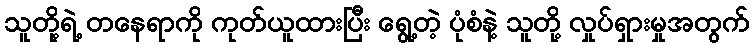
သူတို့ရဲ့ တနေရာကို ကုတ်ယူထားပြီး ရွေ့တဲ့ ပုံစံနဲ့ သူတို့ လှုပ်ရှားမှုအတွက်